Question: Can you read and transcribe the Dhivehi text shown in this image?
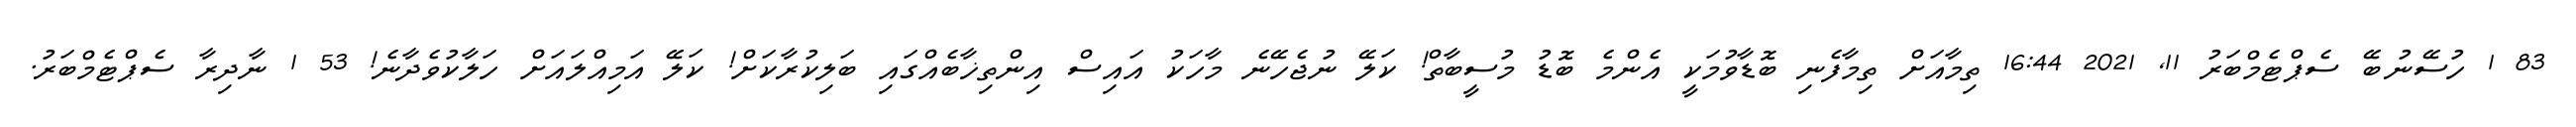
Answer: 83 1 ހުސޭނުބޭ ސެޕްޓެމްބަރު 11, 2021 16:44 ތިމާއަށް ތިމާފެނި ބޮޑާވުމަކީ އެންމެ ބޮޑު މުސީބާތް! ކަލޭ ނުޖެހޭނެ މާހަކު އައިސް އިންތިޚާބެއްގައި ބަލިކުރާކަށް! ކަލޭ އަމިއްލައަށް ހަލާކުވެދާނެ! 53 1 ނާދިރާ ސެޕްޓެމްބަރު.